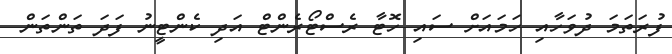
ފުރަތަމަ ދުވަހާއި ހަމައަށް ސައި ހޮޓާ ރެސްޓޯރެންޓް އަދި ކެންޓީނު ފަދަ ތަންތަން